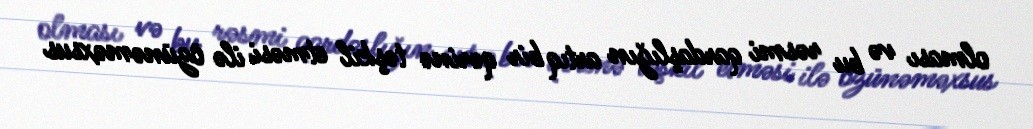
olması və bu rəsmi qardaşlığın artıq bir qərinə təşkil etməsi ilə özünəməxsus